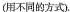
（不同的方式）.